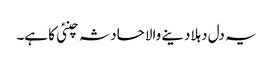
یہ دل دہلادینے والا حادثہ چنئی کا ہے۔